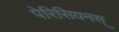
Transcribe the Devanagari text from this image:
पेरिसियनस्